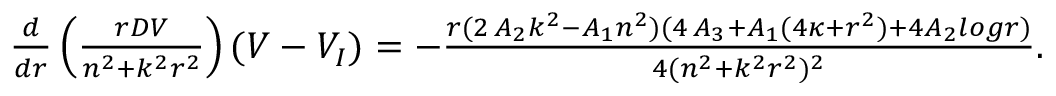
\begin{array} { r } { \frac { d } { d r } \left( \frac { r D V } { n ^ { 2 } + k ^ { 2 } r ^ { 2 } } \right) ( V - V _ { I } ) = - \frac { r ( 2 \, A _ { 2 } k ^ { 2 } - A _ { 1 } n ^ { 2 } ) ( 4 \, A _ { 3 } + A _ { 1 } ( 4 \kappa + r ^ { 2 } ) + 4 A _ { 2 } l o g { r } ) } { 4 ( n ^ { 2 } + k ^ { 2 } r ^ { 2 } ) ^ { 2 } } . \, \, } \end{array}